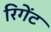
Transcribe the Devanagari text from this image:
रिगेंट